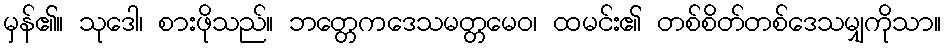
မှန်၏။ သုဒေါ၊ စားဖိုသည်။ ဘတ္တေကဒေသမတ္တမေဝ၊ ထမင်း၏ တစ်စိတ်တစ်ဒေသမျှကိုသာ။